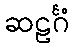
ဆဠင်္ဂံ